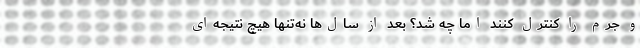
و جرم را کنترل کنند اما چه شد؟ بعد از سال‌ها نه‌تنها هیچ نتیجه‌ای